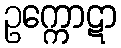
ဥက္ကောဋာ